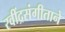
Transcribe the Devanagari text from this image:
रवींद्रसंगीताने